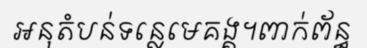
អនុតំបន់ទន្លេមេគង្គ។ពាក់ព័ន្ធ